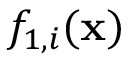
f _ { 1 , i } ( \mathbf { x } )